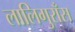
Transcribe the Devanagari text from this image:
लालिगुराँस